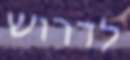
לדרוש